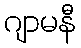
ဂျာမနီ